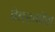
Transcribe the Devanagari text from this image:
हेबरमॉस